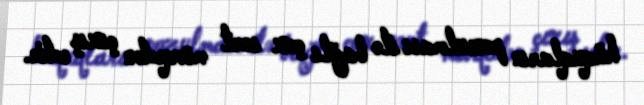
hüquqların pozulması ilə bağlı çox sərt mövqedən çıxış edir.